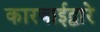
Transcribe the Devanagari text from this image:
कारवाईद्वारे